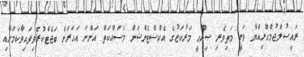
ރައީސުލްޖުމްހޫރިއްޔާ ވަނީ މަތިވެރި ޞިއްޙީ މަރުކަޒުގެ އެކްސްޓެންޝަން މަސައްކަތް އަންނަ އަހަރަށް ބަޖެޓްކުރެވިފައިވާކަމަށާއި